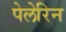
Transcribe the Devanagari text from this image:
पेलेरिन